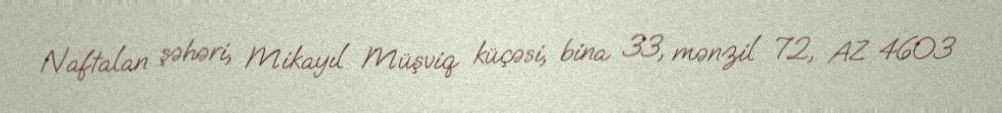
Naftalan şəhəri, Mikayıl Müşviq küçəsi, bina 33, mənzil 72, AZ 4603